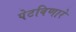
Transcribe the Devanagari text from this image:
पेटविणारे